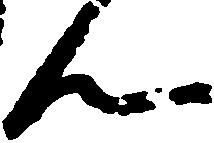
ん